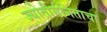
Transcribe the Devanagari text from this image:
ज्योतीर्गनिताचा